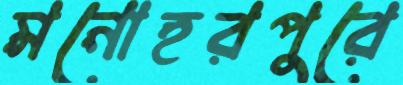
মনোহরপুরে